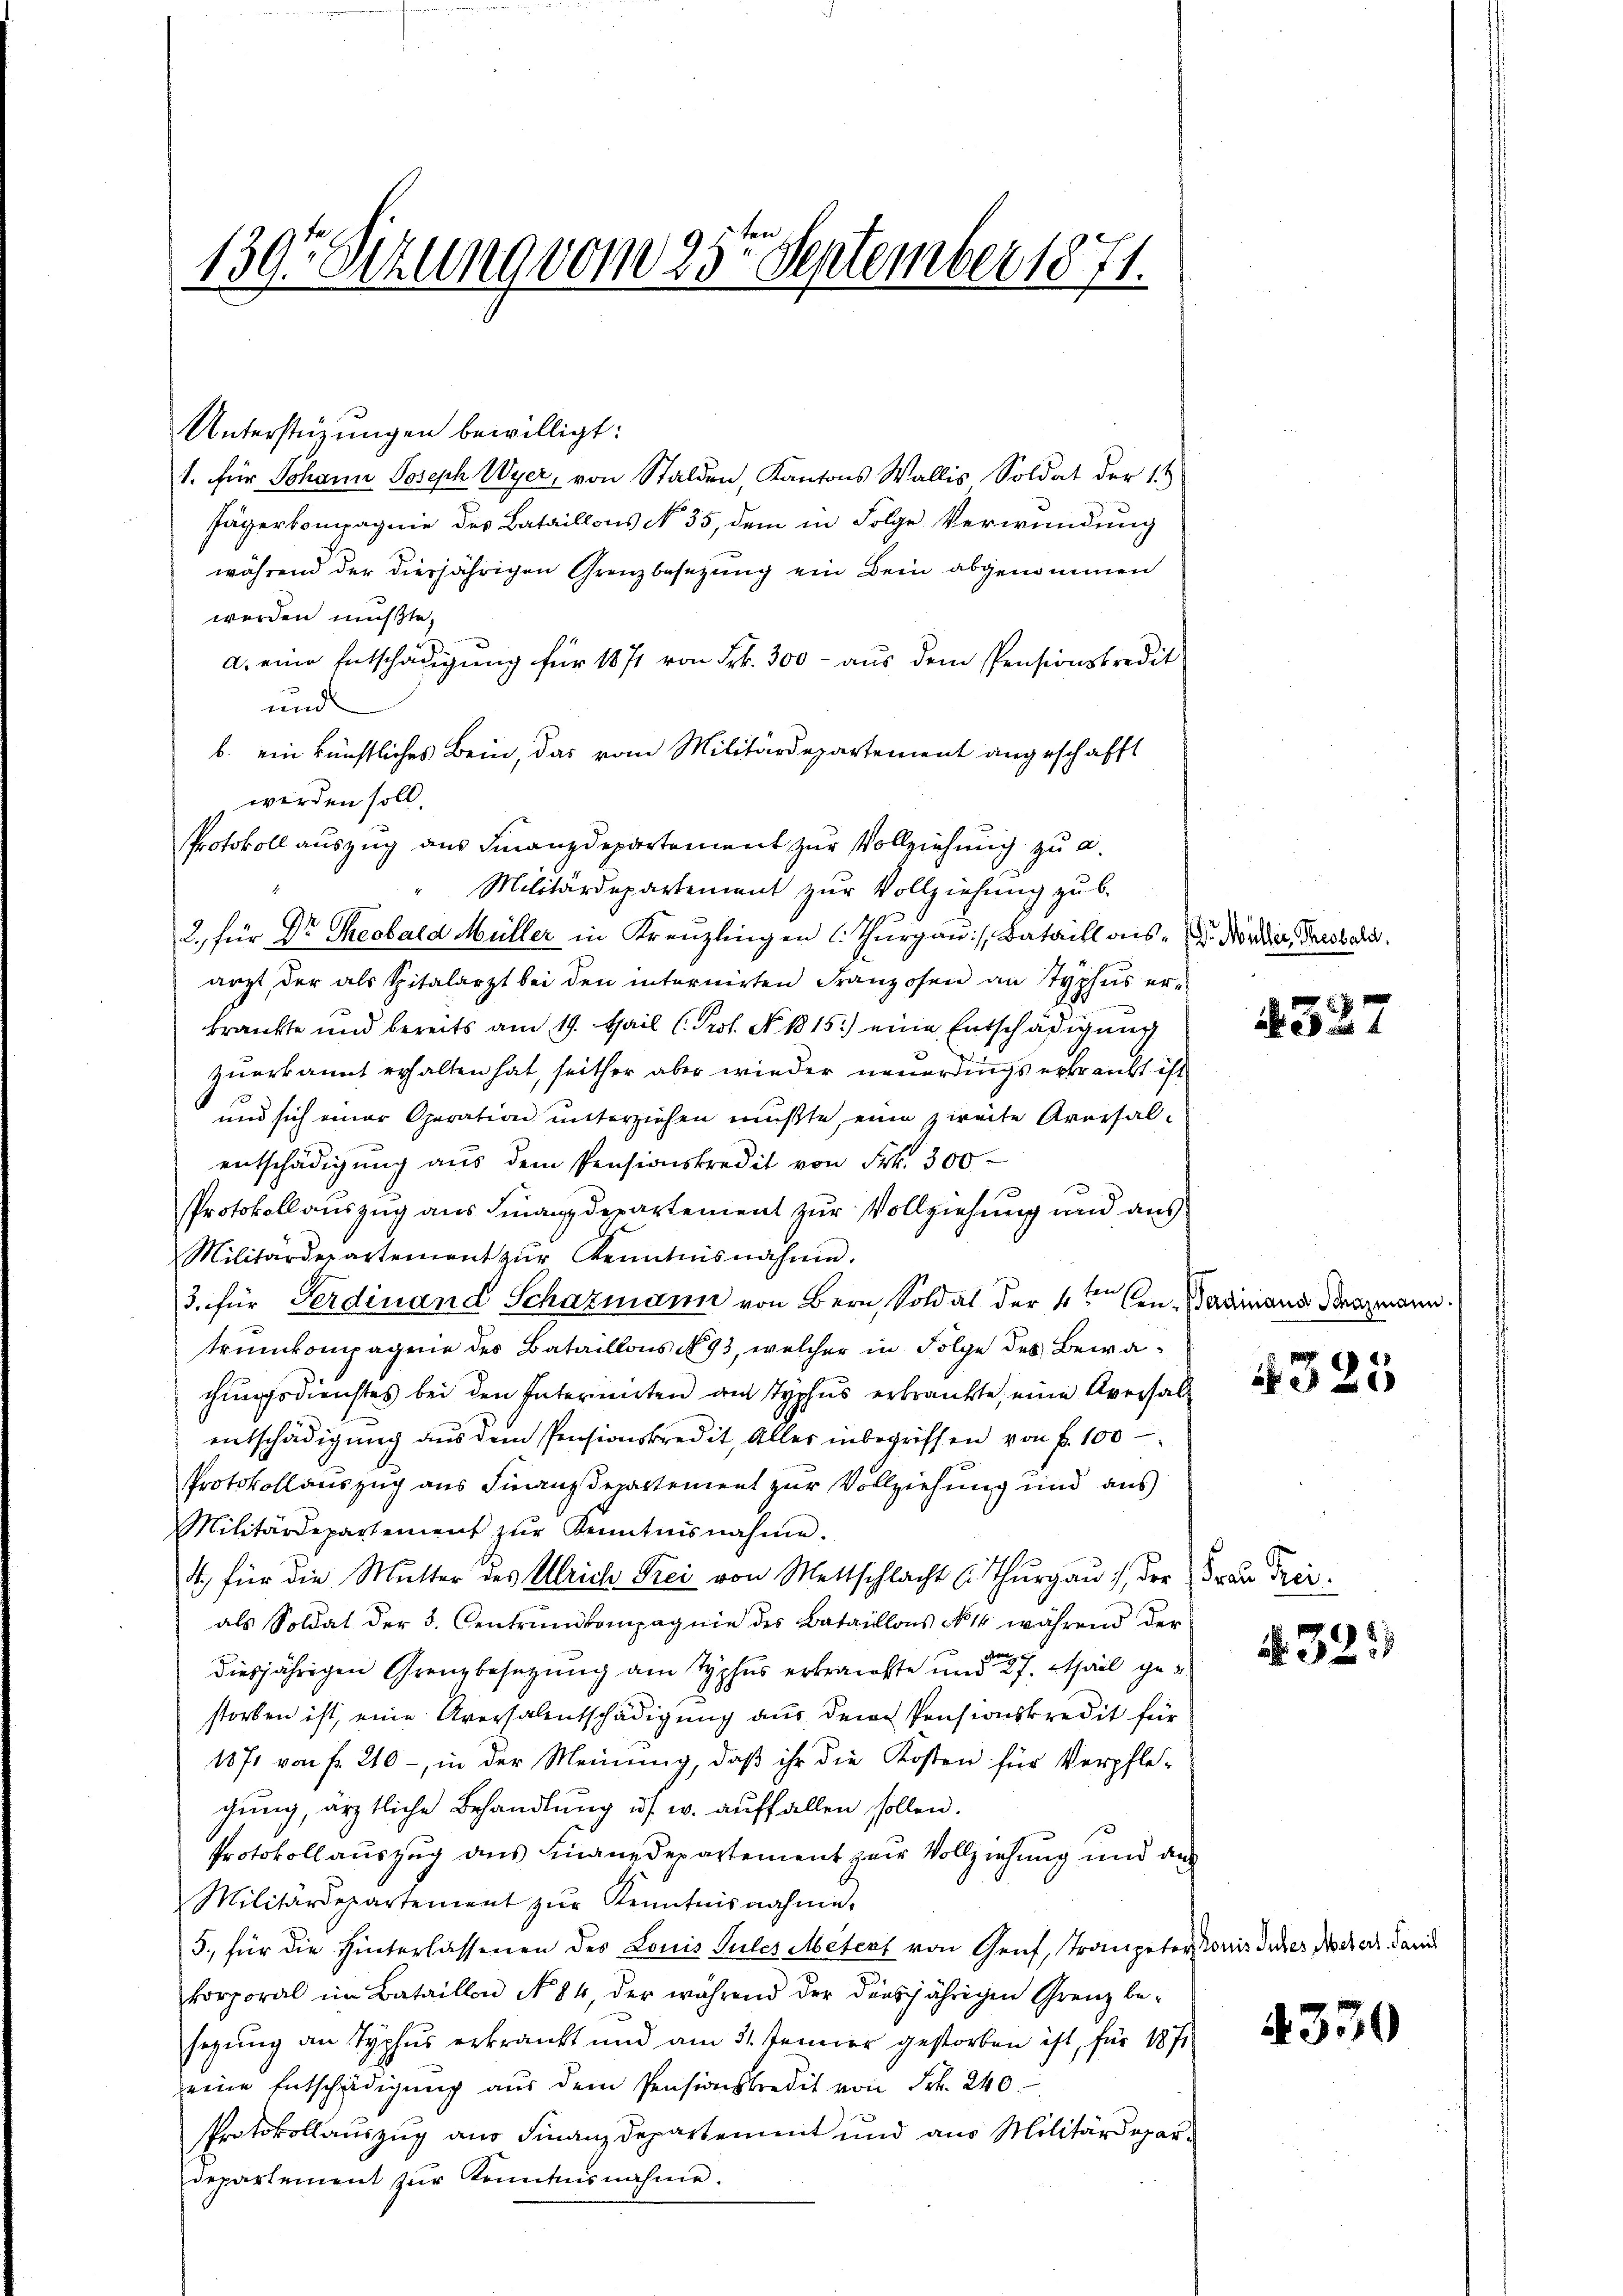
139. Sitzung vom 25ten September 1871.

Unterstüzungen bewilligt:
1. für Johann Joseph Wyer, von Stalden, Kantons Wallis Soldat der 14
Jägerkompagnie des Bataillons No. 35, dem in Folge Verwundung
während der diesjährigen Grenzbesezung ein Bein abgenommen
werden müßte,
a. eine Entschädigung für 1871 von Frk. 300 - aus dem Pensionskredit
und
b. ein künstliches Bein, das vom Militärdepartement angeschafft
werden soll.
Protokoll auszug aus Finanzdepartement zur Vollziehung zu a.
Militärdepartement zur Vollziehung zu b
2. Für Dr. Theobald Müller in Kreuzlingen l. Thurgau, Bataill aus d. Mörder, Gaisbald.
arzt, der als Spitalarzt bei den internirten Franzosen an Typhus erkrankte und bereits am 19. Mail (Prof. No. 1815.) eine Entschädigung
zuerkannt erhalten hat, seither aber wieder neuerdings erbraubt ist
und sich einer Operation unterziehen mußte, eine zweite Aversalentschädigung aus dem Pensionskredit von Frk. 300
Protokollauszug aus Finanzdepartement zur Vollziehung und aus
Militärdepartement zŭr Kenntnisnahme.
3. für Ferdinand Schazmann von Bern, Soldat der 4ten Ven. Badiniana Benzmann.
trunkompagnie des Bataillons No 93, welcher in Folge des Bewachungsdienstes bei den Intermieten am Typhus erkränkte, eine Aversal
entschädigung aus dem Pensionskredit, Aller inbegriffen von f. 100
Protokollauszug aus Finanzdepartement zur Vollziehung und aus
Militärdepartement zŭr Kenntnisnahme.
4) für die Mutter des Ulriche Frei von Mettschlacht (Thurgau, der Frau Treials Soldat der 3. Centrŭndkompagnie des Bataillons No 14 während der
diesjährigen Grenzbesetzung am Typhus erkränkte und 7. April geg
storben ist, eine Aversalentschädigung aus dem Pensionskredit für
1871 von fr. 210 - in der Meinung, daß ihr die Kosten für Verpflegung, ärztliche Behandlung u s. w. auffallen sollen.
Protokoll auszug aus Finanzdepartement zur Vollziehung und an
Militärdepartement zŭr Kenntnisnahme.
5, für die Hinterlassenen des Louis Sules Meters von Genf, Trompeter Ionis diches Mehrer Sani
korporal im Bataillon No 84, der während der diesjährigen Grenz be-
sezung an Typhus erkrankt und am 31. Jenner gestorben ist, für 187
eine Entschädigŭng aŭs dem Pensionskredit von Frk. 240
Protokollauszug aus Finanzdepartement und aus Militärdepardepartement zŭr Kenntnisnahme.

327

4325

§ 325

4330